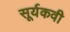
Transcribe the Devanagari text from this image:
सूर्यकवी